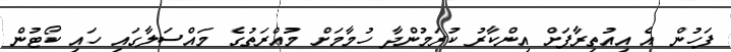
ފަހުން އެ އިއުތިރާފަށް އިންކާރު ކުރަމުންދާ ހުމާމަށް މުއްރަތުގެ މައްސަލާގައި ހައި ކޯޓުން